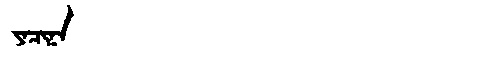
Manchu: ᠶᠠᠴᡳᠨᠠ
Romanization: YACINA